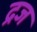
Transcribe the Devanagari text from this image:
द्रज